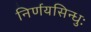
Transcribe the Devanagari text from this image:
निर्णयसिन्धुः